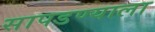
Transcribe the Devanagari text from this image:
सापडण्याला